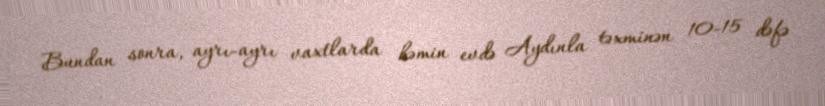
Bundan sonra, ayrı-ayrı vaxtlarda həmin evdə Aydınla təxminən 10-15 dəfə